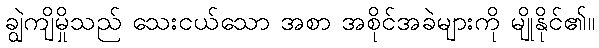
ချွဲကျိမှိုသည် သေးငယ်သော အစာ အစိုင်အခဲများကို မျိုနိုင်၏။